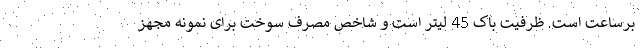
برساعت است. ظرفیت باک 45 لیتر است و شاخص مصرف سوخت برای نمونه مجهز